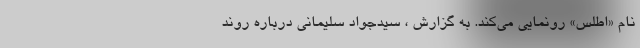
نام «اطلس» رونمایی می‌کند. به گزارش ، سیدجواد سلیمانی درباره روند